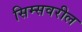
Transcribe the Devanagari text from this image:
सिम्सवरील